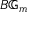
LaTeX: B \mathbb { G } _ { m }